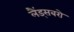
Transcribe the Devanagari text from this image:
लैंड्सबरो